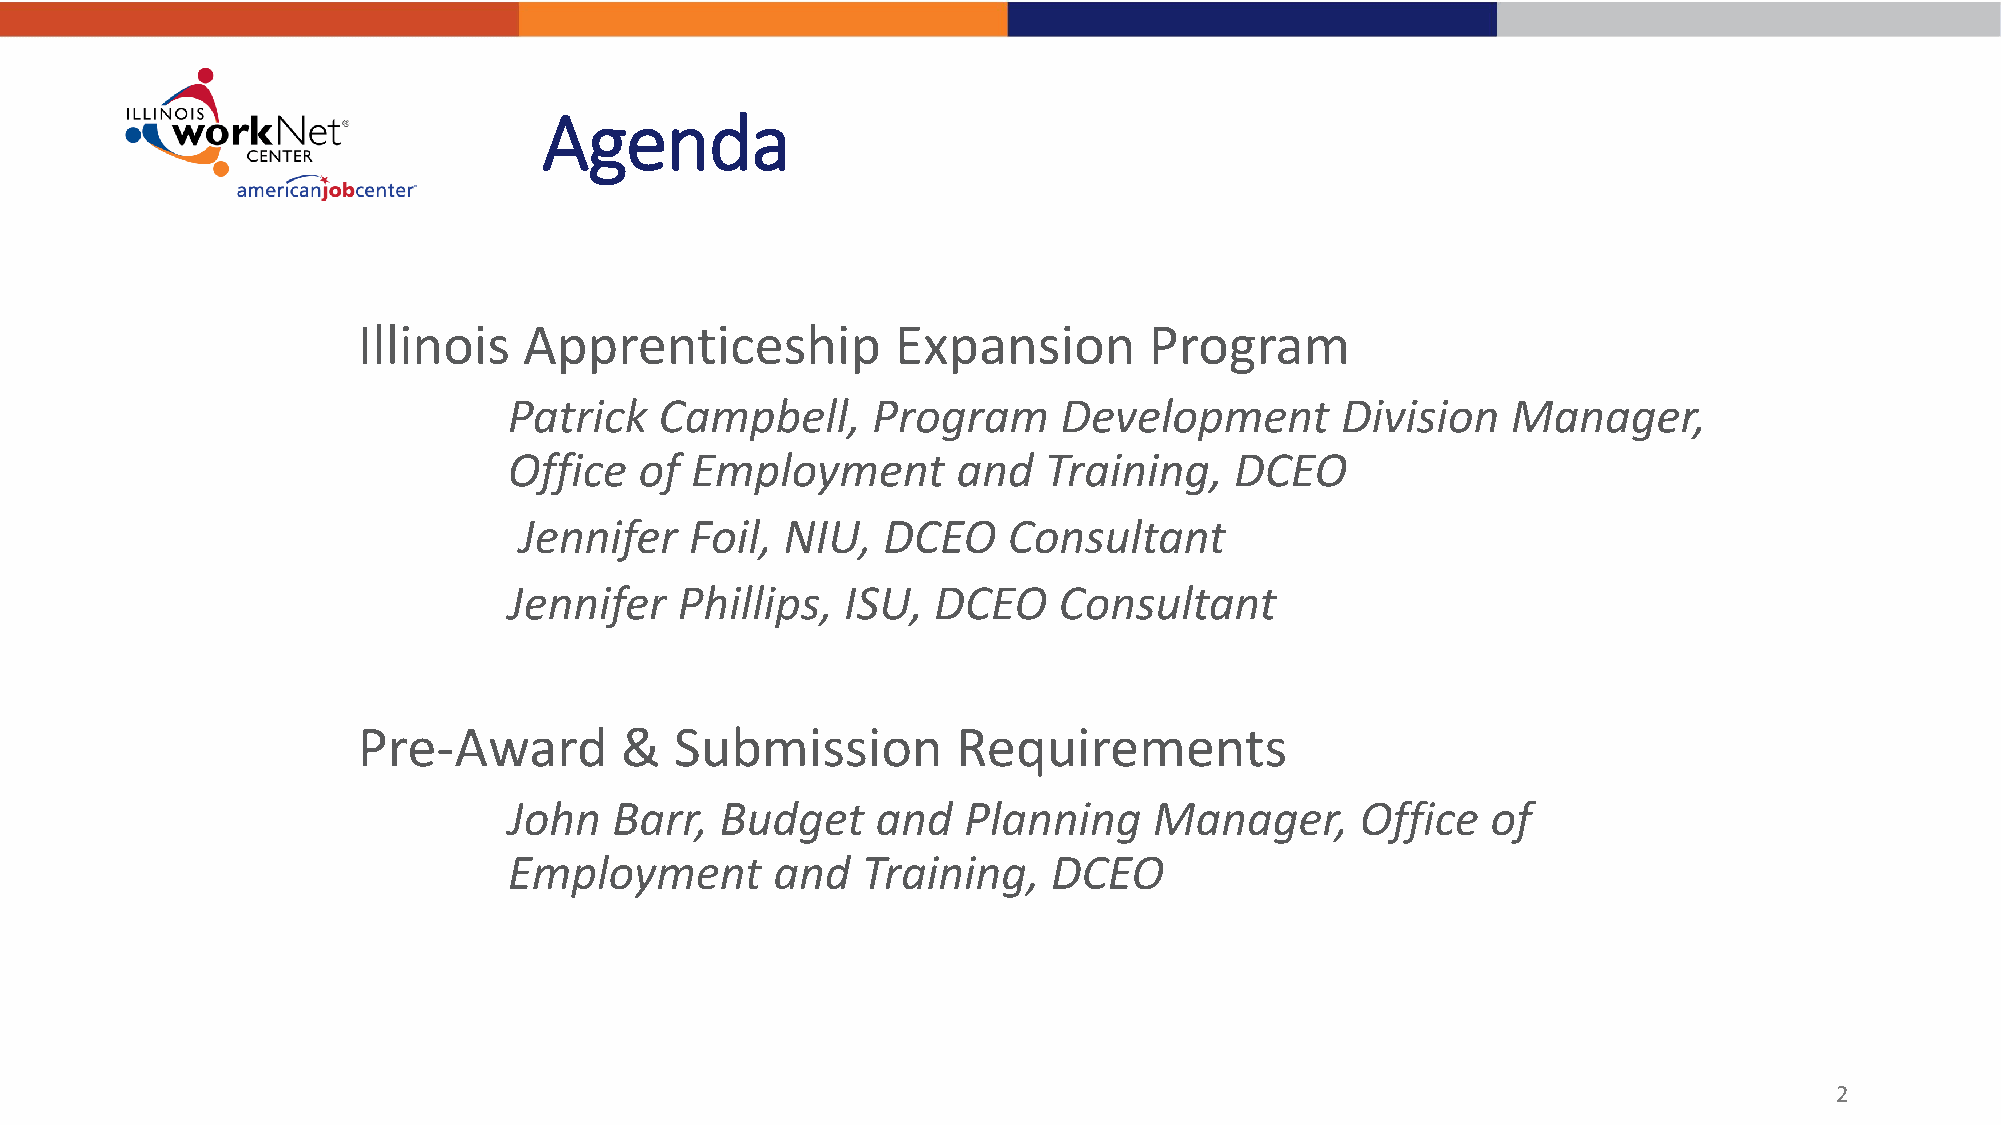
Agenda
 Illinois   Apprenticeship          Expansion        Program
 Patrick   Campbell,     Program     Development        Division   Manager,
 Office  of  Employment       and   Training,    DCEO
 Jennifer    Foil, NIU,  DCEO     Consultant
 Jennifer   Phillips,  ISU,  DCEO    Consultant
 Pre-Award        &   Submission        Requirements
 John   Barr,  Budget    and   Planning    Manager,      Office   of
 Employment       and   Training,    DCEO
 2